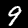
Digit: 9